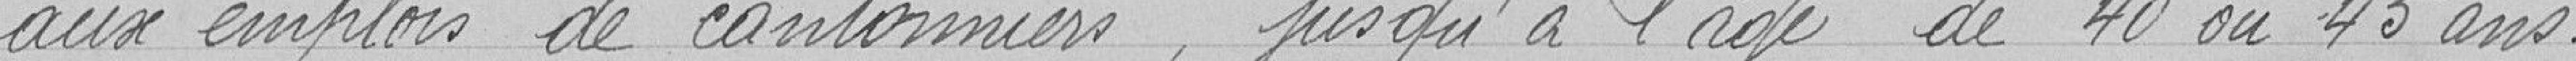
aux emplois de cantonniers, jusqu'à l'age de 40 ou 45 ans